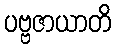
ပဗ္ဗဇာယာတိ